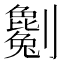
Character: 𠠥